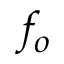
f _ { o }